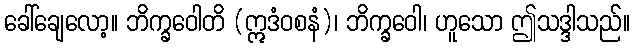
ခေါ်ချေလော့။ ဘိက္ခဝေါတိ (ဣဒံဝစနံ)၊ ဘိက္ခဝေါ၊ ဟူသော ဤသဒ္ဒါသည်။